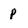
Character: p